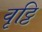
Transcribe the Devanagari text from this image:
वृठ्ठि